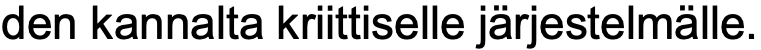
den kannalta kriittiselle järjestelmälle.